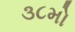
૩૮મો